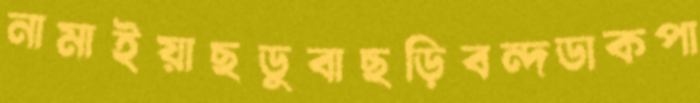
নামাইয়াছডুবাছড়িবন্দডাকপা